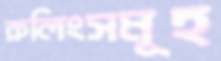
রুলিংসমূহ